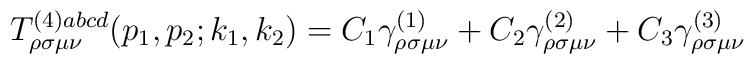
T_{\rho \sigma \mu \nu }^{(4)abcd}(p_1,p_2;k_1,k_2)=C_1\gamma _{\rho \sigma\mu \nu }^{(1)}+C_2\gamma _{\rho \sigma \mu \nu }^{(2)}+C_3\gamma _{\rho\sigma \mu \nu }^{(3)}